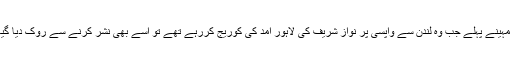
کچھ مہینے پہلے جب وہ لندن سے واپسی پر نواز شریف کی لاہور آمد کی کوریج کررہے تھے تو اسے بھی نشر کرنے سے روک دیا گیا تھا۔